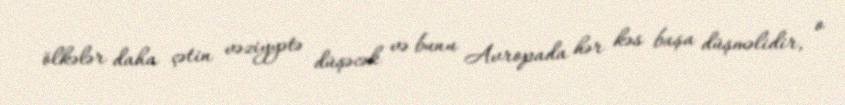
ölkələr daha çətin vəziyyətə düşəcək və bunu Avropada hər kəs başa düşməlidir, o